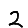
Digit: 2